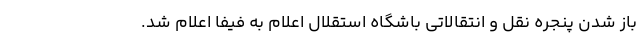
باز شدن پنجره نقل و انتقالاتی باشگاه استقلال اعلام به فیفا اعلام شد.